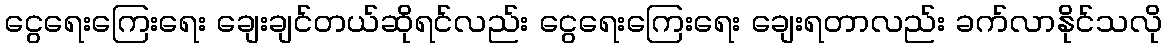
ငွေရေးကြေးရေး ချေးချင်တယ်ဆိုရင်လည်း ငွေရေးကြေးရေး ချေးရတာလည်း ခက်လာနိုင်သလို